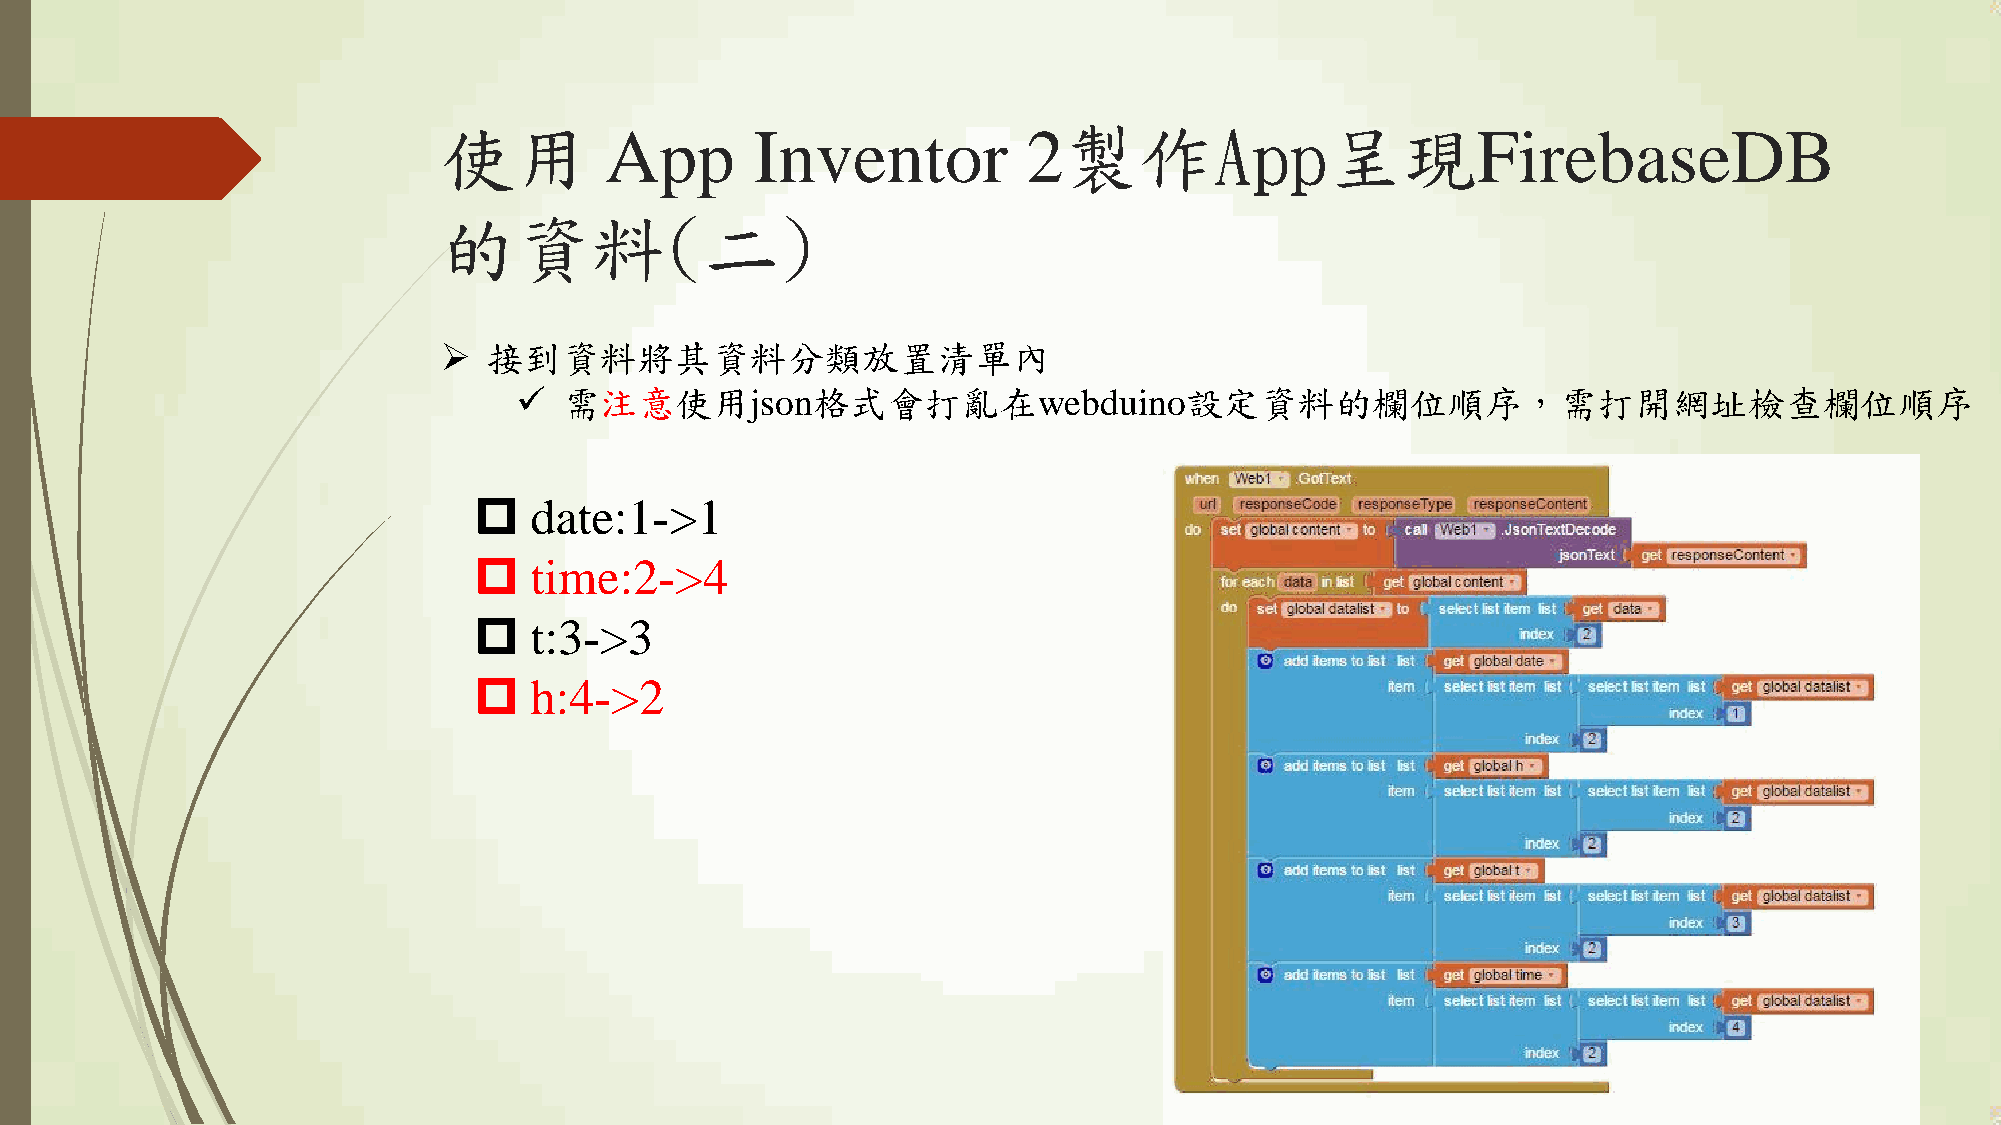
使用         App       Inventor          2製作App呈現FirebaseDB
 的資料(二)
   接到資料將其資料分類放置清單內
   需注意使用json格式會打亂在webduino設定資料的欄位順序，需打開網址檢查欄位順序
    date:1->1
    time:2->4
    t:3->3
    h:4->2